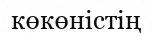
көкөністің